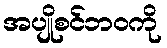
အပျိုစင်ဘဝကို